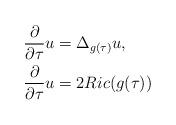
LaTeX: \begin{align*} &\frac{\partial}{\partial \tau}u=\Delta_{g(\tau)}u,\\ & \frac{\partial}{\partial \tau}u=2Ric(g(\tau))\end{align*}